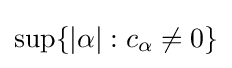
\sup\{|\alpha |:c_{\alpha }\neq 0\}